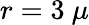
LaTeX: r=3~\mu